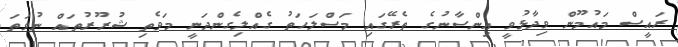
ރައީސް މައުމޫން ވިދާޅުވީ އިންސާނުގެ ތެރޭގައި މަސްލަހަތު ގެއްލިގެންދަނީ މަވެތި ޝުރޫރުތައް ނުވަތަ